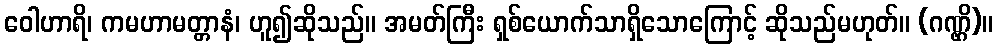
ဝေါဟာရိ၊ ကမဟာမတ္တာနံ၊ ဟူ၍ဆိုသည်။ အမတ်ကြီး ရှစ်ယောက်သာရှိသောကြောင့် ဆိုသည်မဟုတ်။ (ဂဏ္ဌိ)။